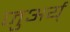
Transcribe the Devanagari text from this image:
जुअर्य्